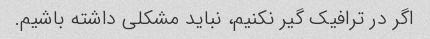
اگر در ترافیک گیر نکنیم، نباید مشکلی داشته باشیم.